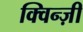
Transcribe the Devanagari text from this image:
क्विन्ज़ी